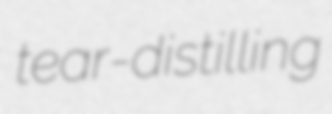
tear-distilling